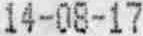
14-08-17